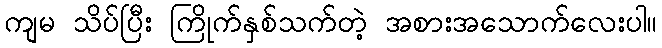
ကျမ သိပ်ပြီး ကြိုက်နှစ်သက်တဲ့ အစားအသောက်လေးပါ။